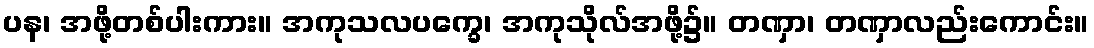
ပန၊ အဖို့တစ်ပါးကား။ အကုသလပက္ခေ၊ အကုသိုလ်အဖို့၌။ တဏှာ၊ တဏှာလည်းကောင်း။